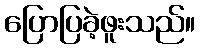
ပြောပြခဲ့ဖူးသည်။